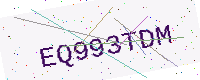
Text: EQ993TDM